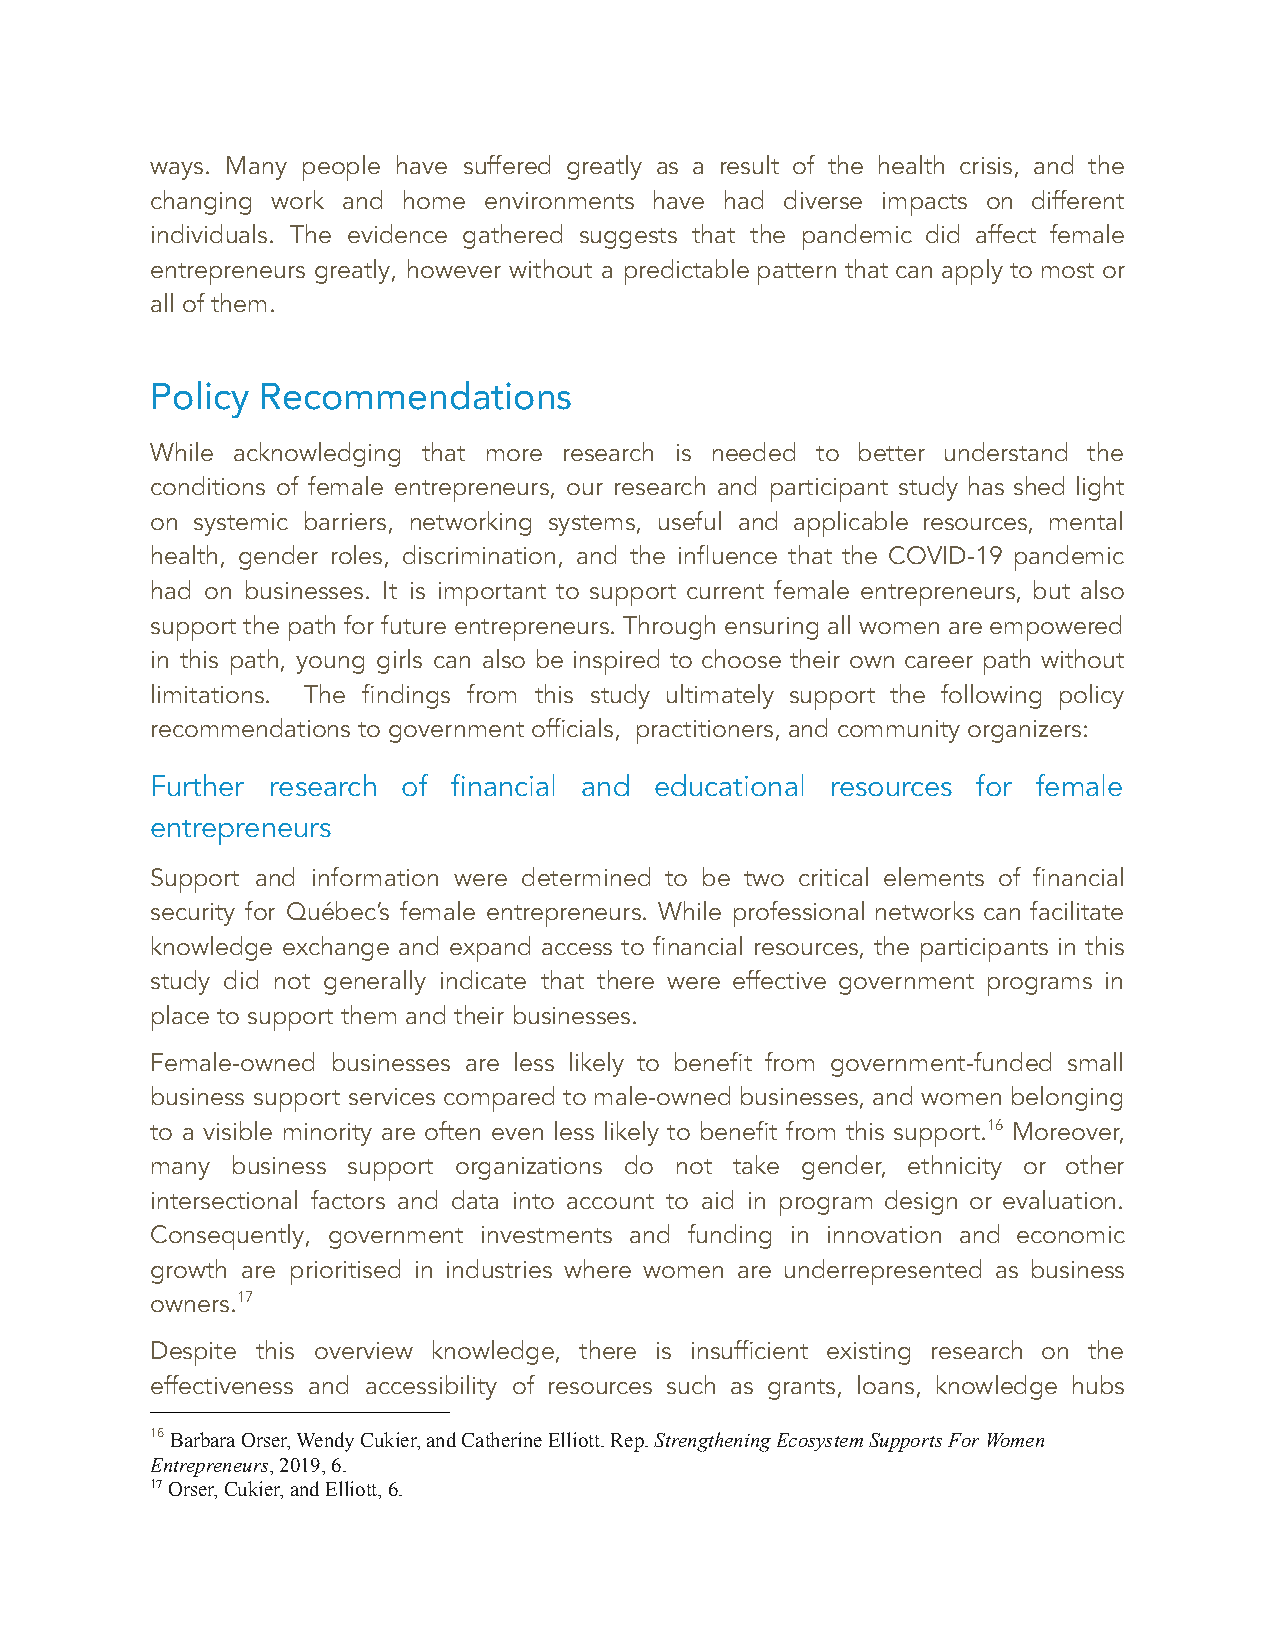
ways. Many people have suffered greatly as a result of the health crisis, and the
 changing work and home environments have had diverse impacts on different
 individuals. The evidence gathered suggests that the pandemic did affect female
 entrepreneurs greatly, however without a predictable pattern that can apply to most or
 all of them.
 Policy Recommendations
 While acknowledging that more research is needed to better understand the
 conditions of female entrepreneurs, our research and participant study has shed light
 on systemic barriers, networking systems, useful and applicable resources, mental
 health, gender roles, discrimination, and the influence that the COVID-19 pandemic
 had on businesses. It is important to support current female entrepreneurs, but also
 support the path for future entrepreneurs. Through ensuring all women are empowered
 in this path, young girls can also be inspired to choose their own career path without
 limitations. The findings from this study ultimately support the following policy
 recommendations to government officials, practitioners, and community organizers:
 Further research of financial and educational resources for female
 entrepreneurs
 Support and information were determined to be two critical elements of financial
 security for Québec’s female entrepreneurs. While professional networks can facilitate
 knowledge exchange and expand access to financial resources, the participants in this
 study did not generally indicate that there were effective government programs in
 place to support them and their businesses.
 Female-owned businesses are less likely to benefit from government-funded small
 business support services compared to male-owned businesses, and women belonging
 to a visible minority are often even less likely to benefit from this support.16 Moreover,
 many business support organizations do not take gender, ethnicity or other
 intersectional factors and data into account to aid in program design or evaluation.
 Consequently, government investments and funding in innovation and economic
 growth are prioritised in industries where women are underrepresented as business
 owners.17
 Despite this overview knowledge, there is insufficient existing research on the
 effectiveness and accessibility of resources such as grants, loans, knowledge hubs
 16Barbara Orser, Wendy Cukier, and Catherine Elliott.Rep.Strengthening Ecosystem Supports For Women
 Entrepreneurs, 2019, 6.
 17Orser, Cukier, and Elliott, 6.